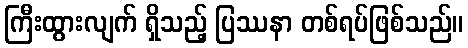
ကြီးထွားလျက် ရှိသည့် ပြဿနာ တစ်ရပ်ဖြစ်သည်။